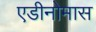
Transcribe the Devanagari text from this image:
एडीनोमास